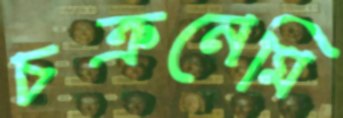
চক্রনেমি